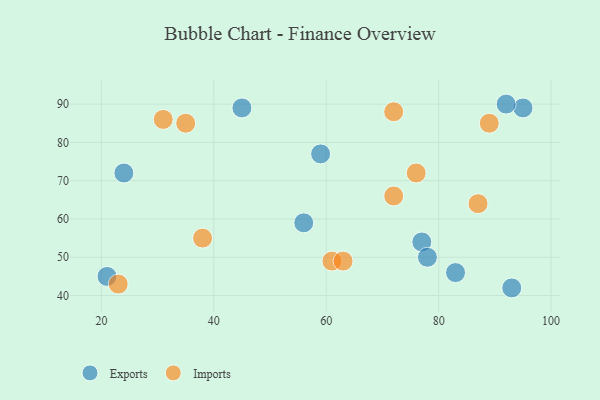
{"axis": {"x": "GDP", "y": "Life Expectancy"}, "legend": ["Exports", "Imports"], "data": [{"x": "24", "y": 72, "type": "Exports"}, {"x": "95", "y": 89, "type": "Exports"}, {"x": "21", "y": 45, "type": "Exports"}, {"x": "77", "y": 54, "type": "Exports"}, {"x": "93", "y": 42, "type": "Exports"}, {"x": "78", "y": 50, "type": "Exports"}, {"x": "59", "y": 77, "type": "Exports"}, {"x": "45", "y": 89, "type": "Exports"}, {"x": "92", "y": 90, "type": "Exports"}, {"x": "83", "y": 46, "type": "Exports"}, {"x": "56", "y": 59, "type": "Exports"}, {"x": "89", "y": 85, "type": "Imports"}, {"x": "72", "y": 88, "type": "Imports"}, {"x": "76", "y": 72, "type": "Imports"}, {"x": "87", "y": 64, "type": "Imports"}, {"x": "61", "y": 49, "type": "Imports"}, {"x": "35", "y": 85, "type": "Imports"}, {"x": "23", "y": 43, "type": "Imports"}, {"x": "72", "y": 66, "type": "Imports"}, {"x": "38", "y": 55, "type": "Imports"}, {"x": "63", "y": 49, "type": "Imports"}, {"x": "31", "y": 86, "type": "Imports"}]}